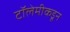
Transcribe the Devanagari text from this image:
टॉलेमीकडून